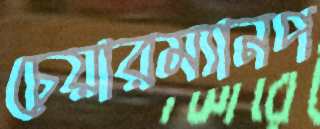
চেয়ারম্যানপ